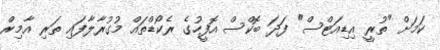
ކަމަށް "ތުރީ އިޑިއަޓްސް" ފަދަ ބޮކްސް އޮފީހުގެ ރެކޯޑްތައް މުގުރާލާފައި ތަރި އާމިރް